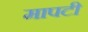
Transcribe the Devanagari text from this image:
मापटी